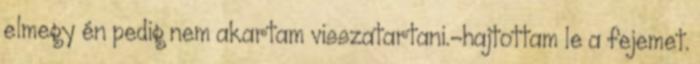
elmegy én pedig nem akartam visszatartani.-hajtottam le a fejemet.